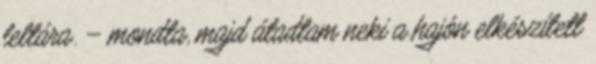
leltára. – mondta, majd átadtam neki a hajón elkészített